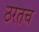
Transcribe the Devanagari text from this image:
ठरतच